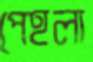
পেহলা